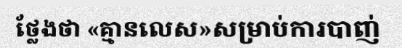
ថ្លែងថា «គ្មានលេស»សម្រាប់ការបាញ់